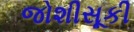
જોશીસૂકી